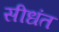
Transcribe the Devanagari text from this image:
सीधंत